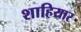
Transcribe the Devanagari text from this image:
शाहियार